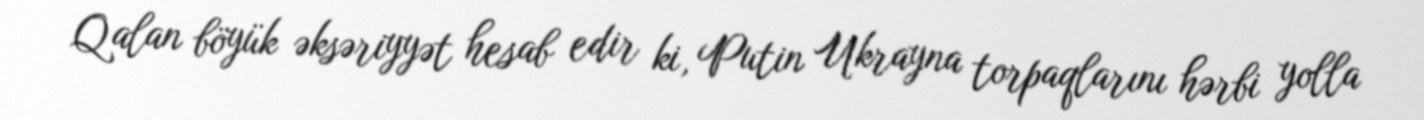
Qalan böyük əksəriyyət hesab edir ki, Putin Ukrayna torpaqlarını hərbi yolla